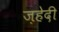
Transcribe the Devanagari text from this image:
ज़हेदी